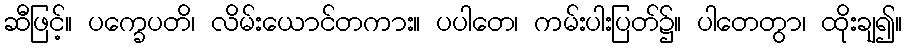
ဆီဖြင့်။ ပက္ခေပတိ၊ လိမ်းယောင်တကား။ ပပါတေ၊ ကမ်းပါးပြတ်၌။ ပါတေတွာ၊ ထိုးချ၍။